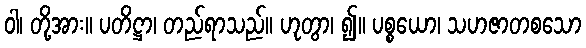
ဝါ၊ တို့အား။ ပတိဋ္ဌာ၊ တည်ရာသည်။ ဟုတွာ၊ ၍။ ပစ္စယော၊ သဟဇာတစသော